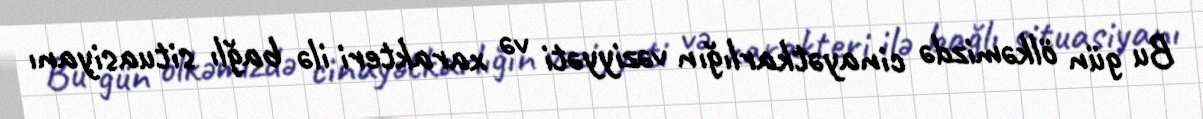
Bu gün ölkəmizdə cinayətkarlığın vəziyyəti və xarakteri ilə bağlı situasiyanı